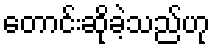
တောင်းဆိုခဲ့သည်ဟု